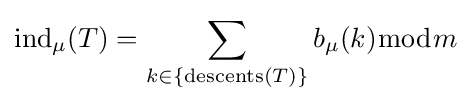
{\text{ind}}_{\mu }(T)=\sum _{k\in \{{\text{descents}}(T)\}}b_{\mu }(k){\bmod {m}}